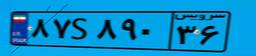
۸۷S۸۹۰۳۶